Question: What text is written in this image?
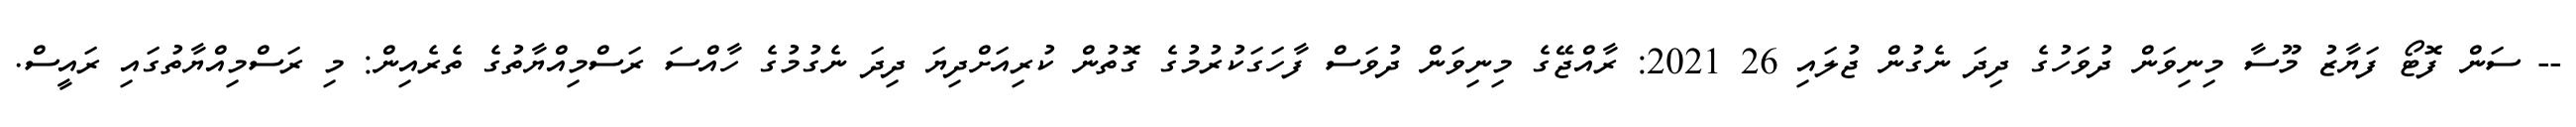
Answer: -- ސަން ފޮޓޯ ފަޔާޒު މޫސާ މިނިވަން ދުވަހުގެ ދިދަ ނެގުން ޖުލައި 26 2021: ރާއްޖޭގެ މިނިވަން ދުވަސް ފާހަގަކުރުމުގެ ގޮތުން ކުރިއަށްދިޔަ ދިދަ ނެގުމުގެ ހާއްސަ ރަސްމިއްޔާތުގެ ތެރެއިން: މި ރަސްމިއްޔާތުގައި ރައީސް.